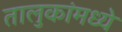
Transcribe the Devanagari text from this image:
तालुकांमध्ये